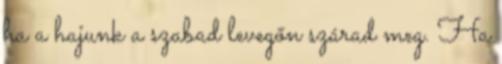
ha a hajunk a szabad levegőn szárad meg. Ha